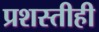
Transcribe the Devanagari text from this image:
प्रशस्तीही